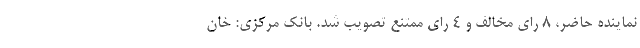
نماینده حاضر، ۸ رای مخالف و ۴ رای ممتنع تصویب شد. بانک مرکزی: خان